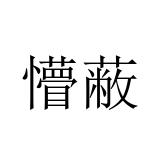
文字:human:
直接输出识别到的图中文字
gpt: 懵蔽